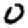
Digit: 0